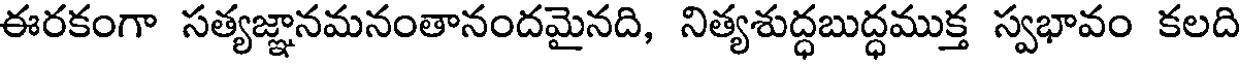
ఈరకంగా సత్యజ్ఞానమనంతానందమైనది, నిత్యశుద్ధబుద్ధముక్త స్వభావం కలది